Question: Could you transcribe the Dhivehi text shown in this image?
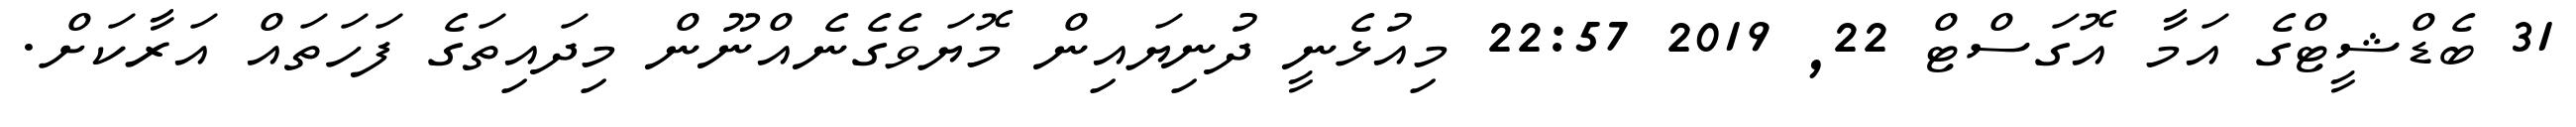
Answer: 31 ބެޑްޝީޓްގެ އަމާ އޮގަސްޓް 22, 2019 22:57 މިއުޅެނީ ދުނިޔައިން މޮޔަވެގެނެއްނޫން މިދައިތަގެ ފަހަތައް އަރާކަށް.